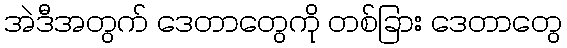
အဲဒီအတွက် ဒေတာတွေကို တစ်ခြား ဒေတာတွေ